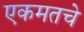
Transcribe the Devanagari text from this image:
एकमतचे